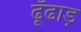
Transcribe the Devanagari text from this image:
ढूँढाड़